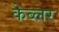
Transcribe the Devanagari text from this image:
केब्लर